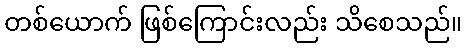
တစ်ယောက် ဖြစ်ကြောင်းလည်း သိစေသည်။